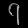
Digit: ၇